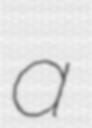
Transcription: a